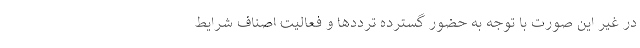
در غیر این صورت با توجه به حضور گسترده ترددها و فعالیت اصناف شرایط